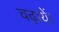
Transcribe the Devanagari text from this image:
चढ़ायें।